Annual report on the Civil Veterinary Department, Burma (including the Insein Veterinary School) - 1932-1941
Year: 1932
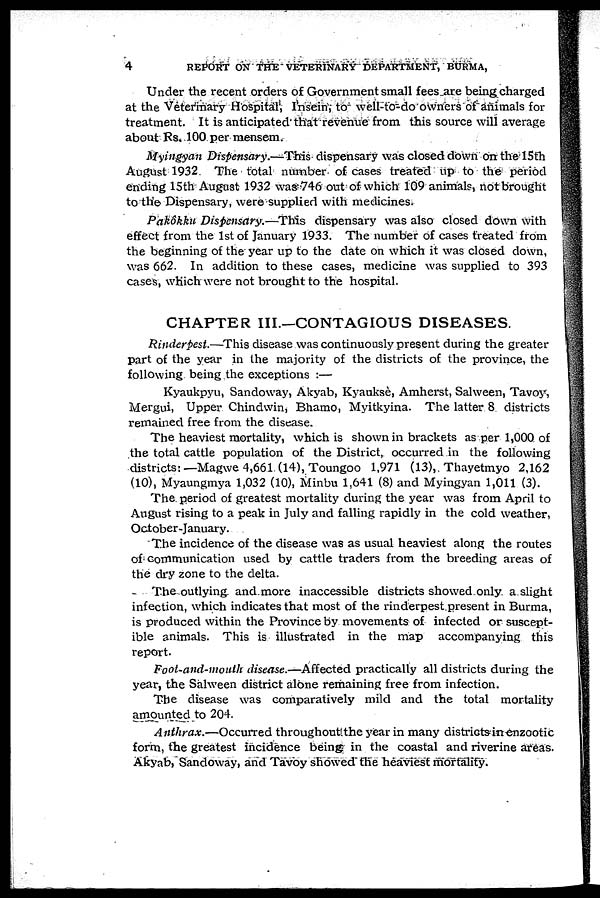
4
REPORT ON THE VETERINARY DEPARTMENT, BURMA,
Under the recent orders of Government small fees are being charged
at the Veterinary Hospital, Insein, to well-to-do owners of animals for
treatment. It is anticipated that revenue from this source will average
about Rs. 100 per mensem.
Myingyan Dispensary.—This dispensary was closed down on the 15th
August 1932. The total number of cases treated up to the period
ending 15th August 1932 was 746 out of which 109 animals, not brought
to the Dispensary, were supplied with medicines.
Pakôkku Dispensary.—This dispensary was also closed down with
effect from the 1st of January 1933. The number of cases treated from
the beginning of the year up to the date on which it was closed down,
was 662. In addition to these cases, medicine was supplied to 393
cases, which were not brought to the hospital.
CHAPTER III.—CONTAGIOUS DISEASES.
Rinderpest.—This disease was continuously present during the greater
part of the year in the majority of the districts of the province, the
following being the exceptions :—
Kyaukpyu, Sandoway, Akyab, Kyauksè, Amherst, Salween, Tavoy,
Mergui, Upper Chindwin, Bhamo, Myitkyina. The latter 8 districts
remained free from the disease.
The heaviest mortality, which is shown in brackets as per 1,000 of
the total cattle population of the District, occurred in the following
districts:—Magwe 4,661 (14), Toungoo 1,971 (13), Thayetmyo 2,162
(10), Myaungmya 1,032 (10), Minbu 1,641 (8) and Myingyan 1,011 (3).
The period of greatest mortality during the year was from April to
August rising to a peak in July and falling rapidly in the cold weather,
October-January.
The incidence of the disease was as usual heaviest along the routes
of communication used by cattle traders from the breeding areas of
the dry zone to the delta.
The outlying and more inaccessible districts showed only a slight
infection, which indicates that most of the rinderpest present in Burma,
is produced within the Province by movements of infected or suscept-
ible animals. This is illustrated in the map accompanying this
report.
Foot-and-mouth disease.—Affected practically all districts during the
year, the Salween district alone remaining free from infection.
The disease was comparatively mild and the total mortality
amounted to 204.
Anthrax.—Occurred throughout the year in many districts in enzootic
form, the greatest incidence being in the coastal and riverine areas.
Akyab, Sandoway, and Tavoy showed the heaviest mortality.